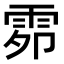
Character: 𮦍